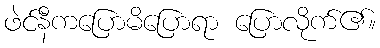
ဖဲင်နီကပြောမိပြောရာ ပြောလိုက်၏။